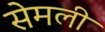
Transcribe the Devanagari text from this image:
सेमली